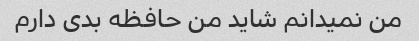
من نمیدانم شاید من حافظه بدی دارم